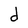
Character: d